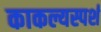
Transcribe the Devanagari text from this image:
काकल्यस्पर्श